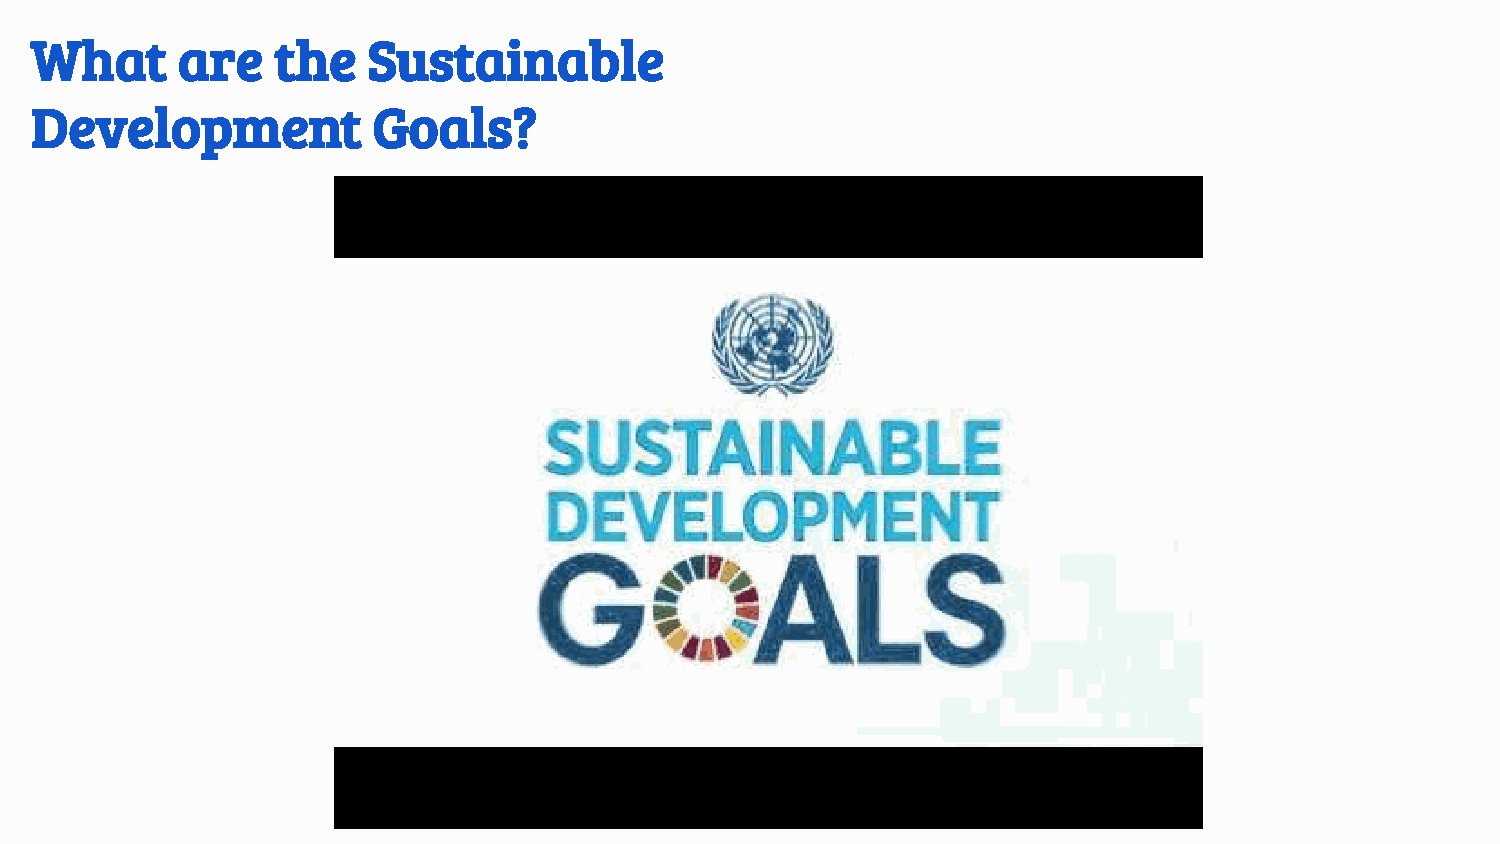
What      are   the   Sustainable
 Development            Goals?